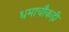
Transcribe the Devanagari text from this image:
धमाचौकड़ी